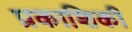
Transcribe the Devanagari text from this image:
प्रकाशिकी